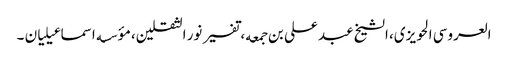
العروسی الحویزی، الشیخ عبد علی بن جمعه، تفسیر نور الثقلین، مؤسسه اسماعیلیان ۔